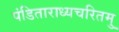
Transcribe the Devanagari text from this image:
पंडिताराध्यचरितमु